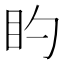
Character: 𪾠